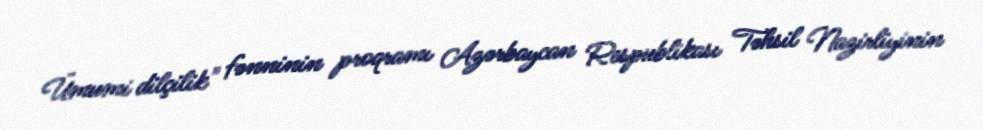
Ümumi dilçilik" fənninin proqramı Azərbaycan Respublikası Təhsil Nazirliyinin